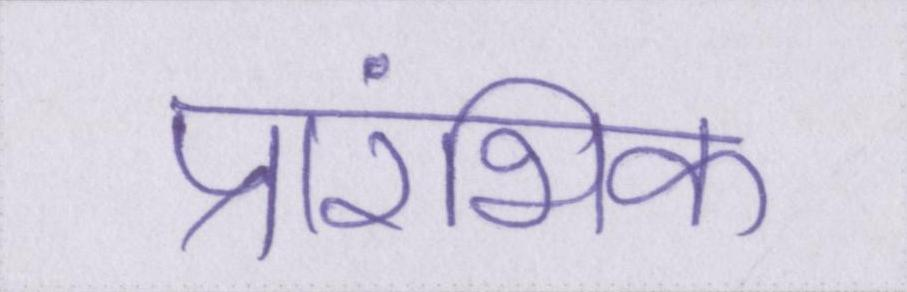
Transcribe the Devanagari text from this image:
प्रारंभिक